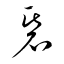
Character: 碁